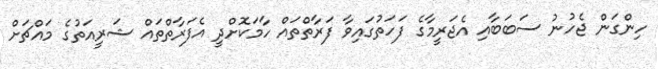
ހިންގަން ޖެހުނު ސަބަބާއި އެޖަރީމާގެ ފަހަތުގައިވާ ފަރާތްތައް ހާމަކޮށްދީ އެފަރާތްތައް ޝަރީއަތުގެ މައްޗަށް